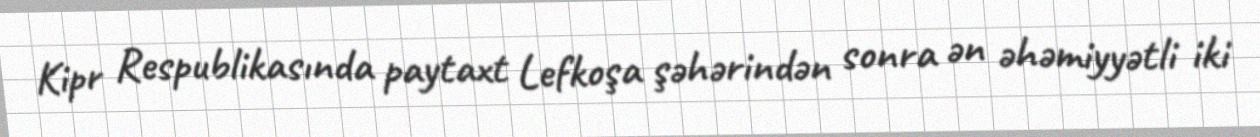
Kipr Respublikasında paytaxt Lefkoşa şəhərindən sonra ən əhəmiyyətli iki